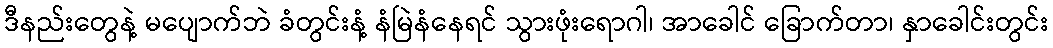
ဒီနည်းတွေနဲ့ မပျောက်ဘဲ ခံတွင်းနံ့ နံမြဲနံနေရင် သွားဖုံးရောဂါ၊ အာခေါင် ခြောက်တာ၊ နှာခေါင်းတွင်း